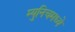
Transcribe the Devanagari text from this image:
म्युनिचमध्ये